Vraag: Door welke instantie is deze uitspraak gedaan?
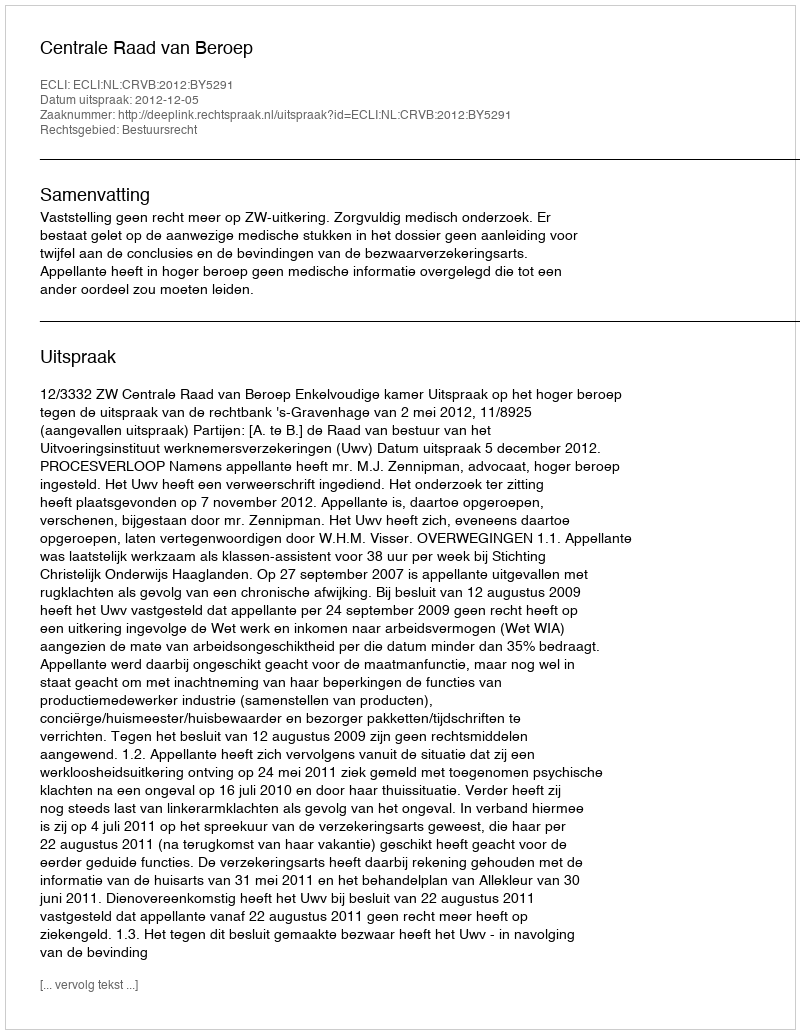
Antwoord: Centrale Raad van Beroep